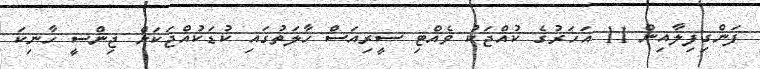
ފަންގިފިލާއިން 11 އަހަރުގެ ކުއްޖަކު ވެއްޓި ސީރިއަސް ހާލަތުގައި ކުޑަކުއްޖަކަށް ޖިންސީ ހާނިކަ